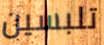
تلبسين